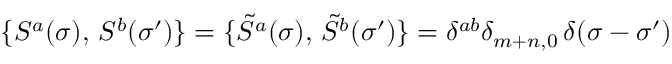
\{ S ^ { a } ( \sigma ) , \, S ^ { b } ( \sigma ^ { \prime } ) \} = \{ { \tilde { S } } ^ { a } ( \sigma ) , \, { \tilde { S } } ^ { b } ( \sigma ^ { \prime } ) \} = \delta ^ { a b } \delta _ { m + n , 0 } \, \delta ( \sigma - \sigma ^ { \prime } )